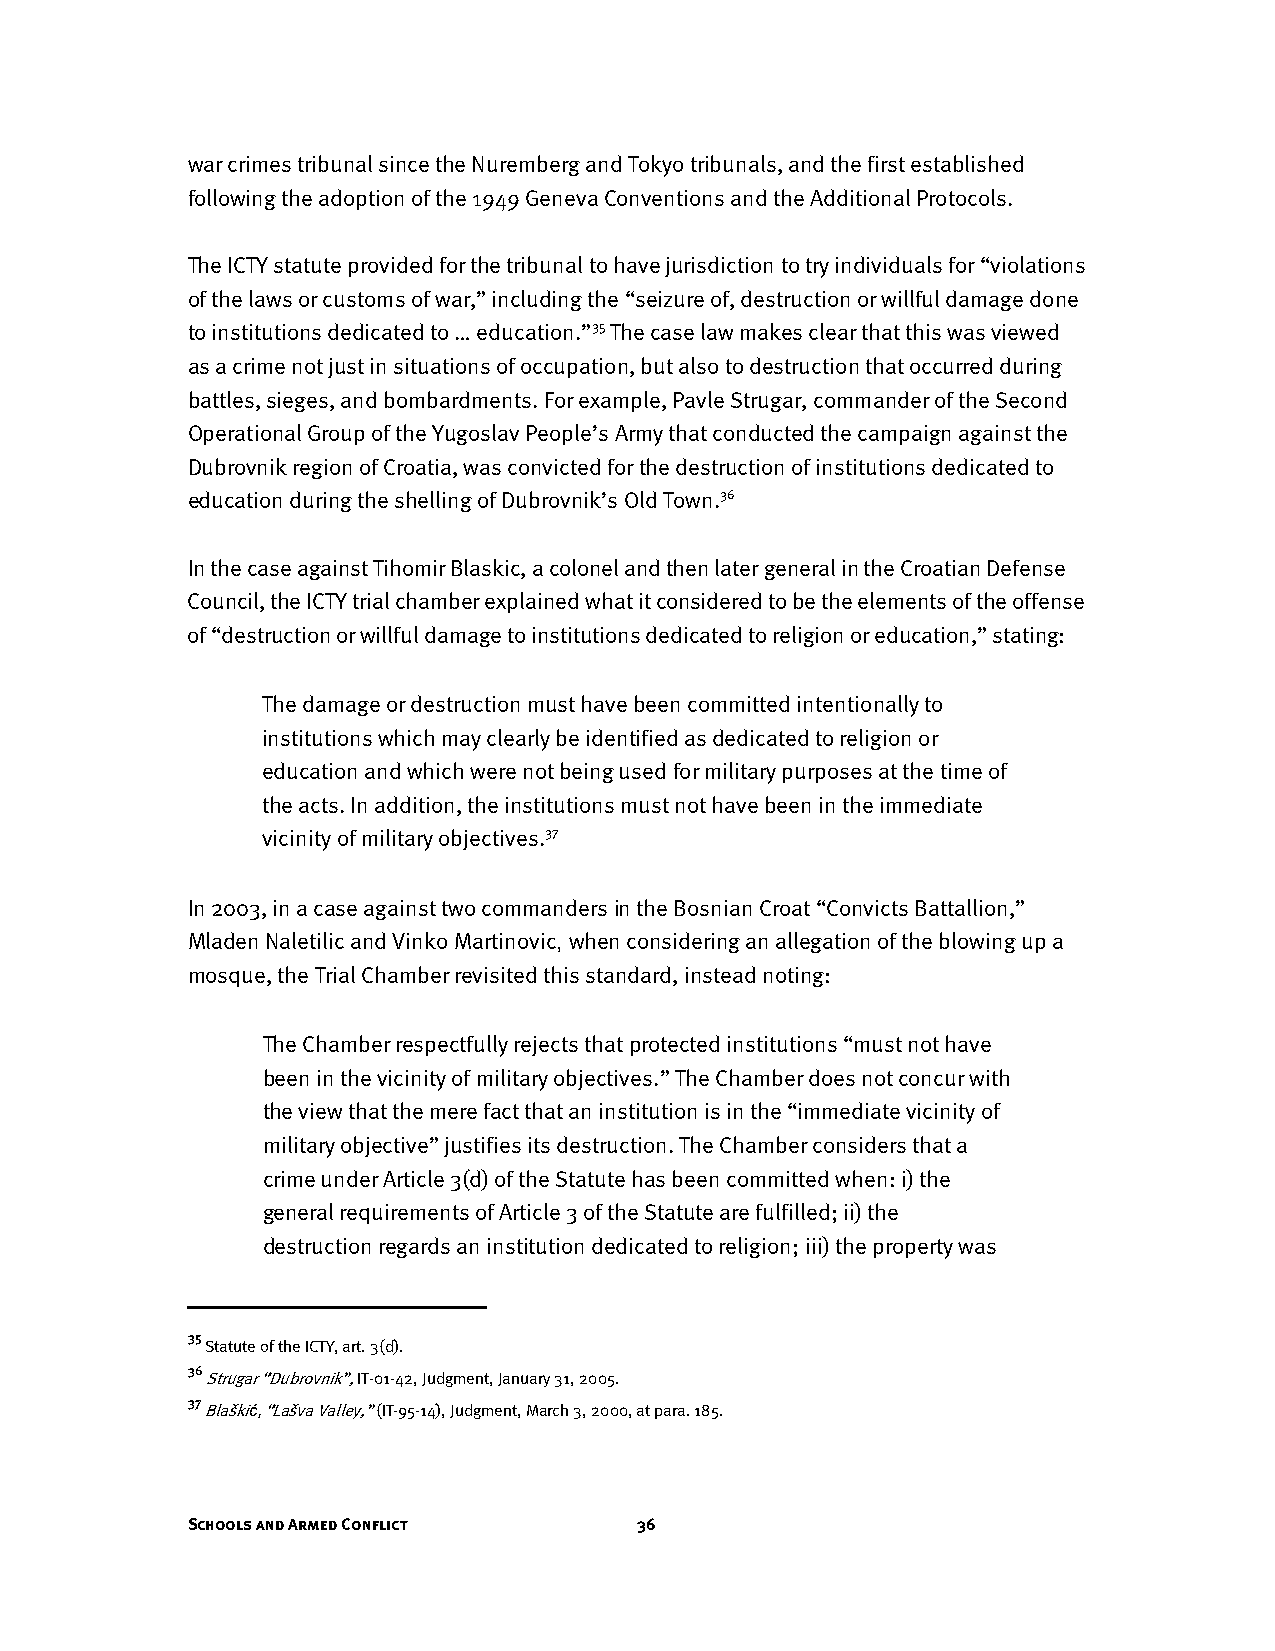
war crimes tribunal since the Nuremberg and Tokyo tribunals, and the first established
 following the adoption of the 1949 Geneva Conventions and the Additional Protocols.
 The ICTY statute provided for the tribunal to have jurisdiction to try individuals for “violations
 of the laws or customs of war,” including the “seizure of, destruction or willful damage done
 to institutions dedicated to … education.”35 The case law makes clear that this was viewed
 as a crime not just in situations of occupation, but also to destruction that occurred during
 battles, sieges, and bombardments. For example, Pavle Strugar, commander of the Second
 Operational Group of the Yugoslav People’s Army that conducted the campaign against the
 Dubrovnik region of Croatia, was convicted for the destruction of institutions dedicated to
 education during the shelling of Dubrovnik’s Old Town.36
 In the case against Tihomir Blaskic, a colonel and then later general in the Croatian Defense
 Council, the ICTY trial chamber explained what it considered to be the elements of the offense
 of “destruction or willful damage to institutions dedicated to religion or education,” stating:
 The damage or destruction must have been committed intentionally to
 institutions which may clearly be identified as dedicated to religion or
 education and which were not being used for military purposes at the time of
 the acts. In addition, the institutions must not have been in the immediate
 vicinity of military objectives.37
 In 2003, in a case against two commanders in the Bosnian Croat “Convicts Battallion,”
 Mladen Naletilic and Vinko Martinovic, when considering an allegation of the blowing up a
 mosque, the Trial Chamber revisited this standard, instead noting:
 The Chamber respectfully rejects that protected institutions “must not have
 been in the vicinity of military objectives.” The Chamber does not concur with
 the view that the mere fact that an institution is in the “immediate vicinity of
 military objective” justifies its destruction. The Chamber considers that a
 crime under Article 3(d) of the Statute has been committed when: i) the
 general requirements of Article 3 of the Statute are fulfilled; ii) the
 destruction regards an institution dedicated to religion; iii) the property was
 35
 Statute of the ICTY, art. 3(d).
 36
 Strugar “Dubrovnik”, IT-01-42, Judgment, January 31, 2005.
 37
 Blaškić, “Lašva Valley,” (IT-95-14), Judgment, March 3, 2000, at para. 185.
 Schools and Armed Conflict    36